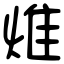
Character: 焳